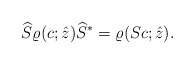
\begin{align*} \widehat{S} \varrho(c; \hat{z}) \widehat{S}^{*} = \varrho(S c; \hat{z}).\end{align*}